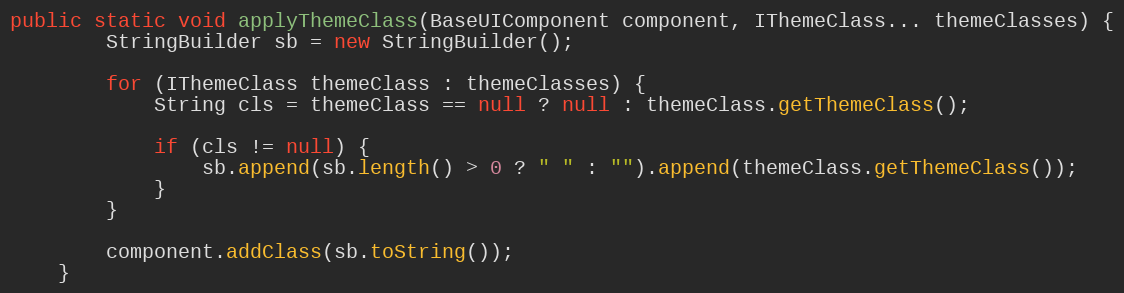
Language: Java
public static void applyThemeClass(BaseUIComponent component, IThemeClass... themeClasses) {
        StringBuilder sb = new StringBuilder();

        for (IThemeClass themeClass : themeClasses) {
            String cls = themeClass == null ? null : themeClass.getThemeClass();

            if (cls != null) {
                sb.append(sb.length() > 0 ? " " : "").append(themeClass.getThemeClass());
            }
        }

        component.addClass(sb.toString());
    }